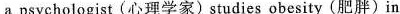
a psychologist (心理学家)studies obesity(肥胖)in